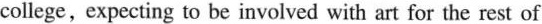
college . expecting to be inv ved with art for the rest of